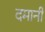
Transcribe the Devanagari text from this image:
दमानी